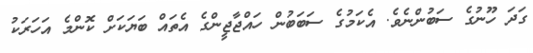
ގަދަ ހޫނުގެ ސަބުންނެވެ. އެކަމުގެ ސަބަބުން ހައްޖާޖީންގެ އެތައް ބަޔަކަށް ކޮންމެ އަހަރަކު